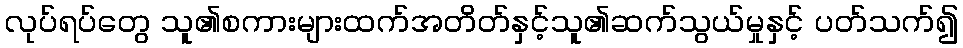
လုပ်ရပ်တွေ သူ၏စကားများထက်အတိတ်နှင့်သူ၏ဆက်သွယ်မှုနှင့် ပတ်သက်၍